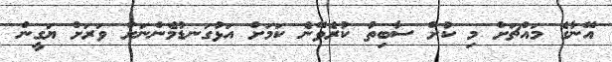
އޭނާގެ މައްޗަށް މި ކުށް ސާބިތު ކުރެވޭނެ ކަމަށް އަޅުގަނޑުމެންނަށް ވަރަށް ޔަގީން